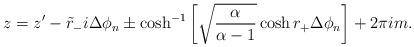
LaTeX: \begin{align*}z = z' - \tilde{r}_- i \Delta \phi_n \pm \cosh^{-1} \left[ \sqrt{\alpha \over \alpha-1} \cosh r_+ \Delta \phi_n \right] + 2\pi i m.\end{align*}